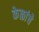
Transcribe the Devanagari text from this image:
केळांचे